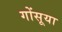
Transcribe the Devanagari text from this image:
गोंसूया